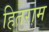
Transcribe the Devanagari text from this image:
हितराम